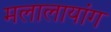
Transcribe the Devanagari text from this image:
मलालायांग